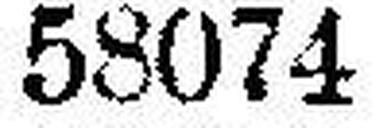
58074